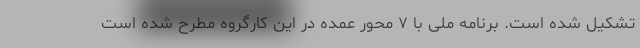
تشکیل شده است. برنامه ملی با ۷ محور عمده در این کارگروه مطرح شده است